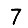
Digit: 7